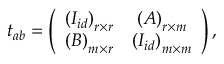
t _ { a b } = \left( \begin{array} { c c } { { \left( I _ { i d } \right) _ { r \times r } } } & { { \left( A \right) _ { r \times m } } } \\ { { \left( B \right) _ { m \times r } } } & { { \left( I _ { i d } \right) _ { m \times m } } } \end{array} \right) ,